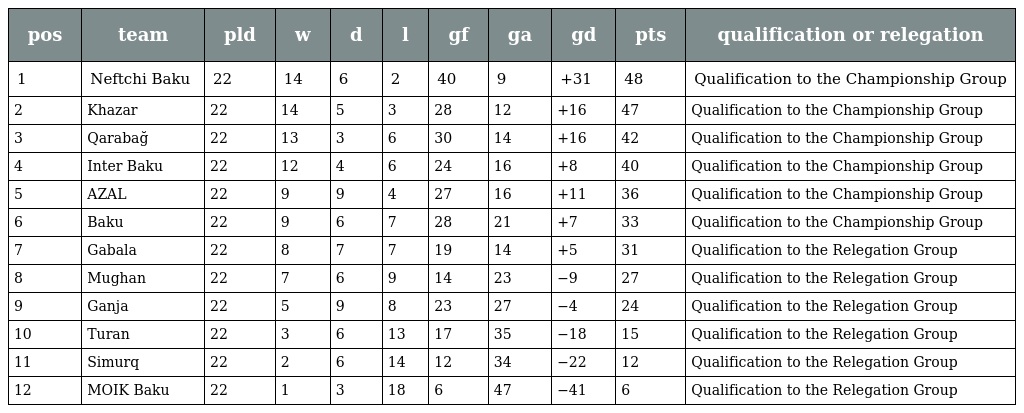
| pos | team | pld | w | d | l | gf | ga | gd | pts | qualification or relegation |
 | --- | --- | --- | --- | --- | --- | --- | --- | --- | --- | --- |
 | 1 | Neftchi Baku | 22 | 14 | 6 | 2 | 40 | 9 | +31 | 48 | Qualification to the Championship Group |
 | 2 | Khazar | 22 | 14 | 5 | 3 | 28 | 12 | +16 | 47 | Qualification to the Championship Group |
 | 3 | Qarabağ | 22 | 13 | 3 | 6 | 30 | 14 | +16 | 42 | Qualification to the Championship Group |
 | 4 | Inter Baku | 22 | 12 | 4 | 6 | 24 | 16 | +8 | 40 | Qualification to the Championship Group |
 | 5 | AZAL | 22 | 9 | 9 | 4 | 27 | 16 | +11 | 36 | Qualification to the Championship Group |
 | 6 | Baku | 22 | 9 | 6 | 7 | 28 | 21 | +7 | 33 | Qualification to the Championship Group |
 | 7 | Gabala | 22 | 8 | 7 | 7 | 19 | 14 | +5 | 31 | Qualification to the Relegation Group |
 | 8 | Mughan | 22 | 7 | 6 | 9 | 14 | 23 | −9 | 27 | Qualification to the Relegation Group |
 | 9 | Ganja | 22 | 5 | 9 | 8 | 23 | 27 | −4 | 24 | Qualification to the Relegation Group |
 | 10 | Turan | 22 | 3 | 6 | 13 | 17 | 35 | −18 | 15 | Qualification to the Relegation Group |
 | 11 | Simurq | 22 | 2 | 6 | 14 | 12 | 34 | −22 | 12 | Qualification to the Relegation Group |
 | 12 | MOIK Baku | 22 | 1 | 3 | 18 | 6 | 47 | −41 | 6 | Qualification to the Relegation Group |